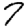
Digit: 7